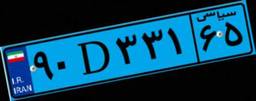
۹۰D۳۳۱۶۵